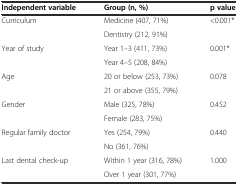
| Independent variable | Group (n, %) | p value |
 | --- | --- | --- |
 | Curriculum | Medicine (407, 71%) | <0.001* |
 |  | Dentistry (212, 91%) |  |
 | Year of study | Year 1–3 (411, 73%) | 0.001* |
 |  | Year 4–5 (208, 84%) |  |
 | Age | 20 or below (253, 73%) | 0.078 |
 |  | 21 or above (355, 79%) |  |
 | Gender | Male (325, 78%) | 0.452 |
 |  | Female (283, 75%) |  |
 | Regular family doctor | Yes (254, 79%) | 0.440 |
 |  | No (361, 76%) |  |
 | Last dental check-up | Within 1 year (316, 78%) | 1.000 |
 |  | Over 1 year (301, 77%) |  |